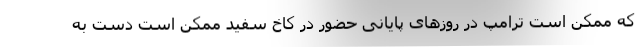
که ممکن است ترامپ در روزهای پایانی حضور در کاخ سفید ممکن است دست به